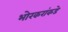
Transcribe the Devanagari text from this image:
भोरकरांकडे